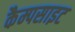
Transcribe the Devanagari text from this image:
कैम्पसाइट